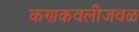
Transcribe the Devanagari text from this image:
कणकवलीजवळ